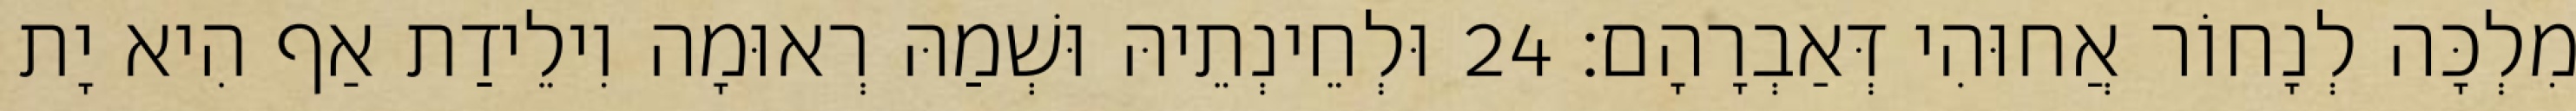
מִלְכָּה לְנָחוֹר אֲחוּהִי דְּאַבְרָהָם׃ 24 וּלְחֵינְתֵיהּ וּשְׁמַהּ רְאוּמָה וִילֵידַת אַף הִיא יָת